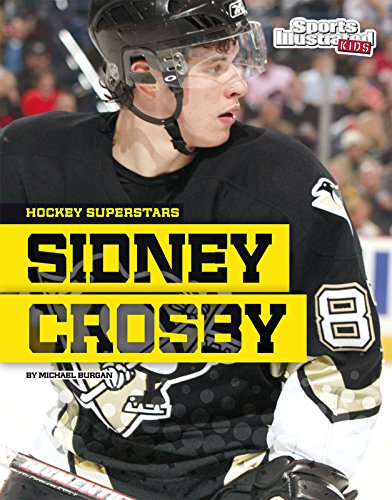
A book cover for Sidney Crosby (Hockey Superstars); Michael Burgan; Children's Books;